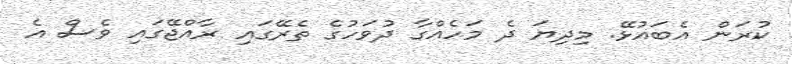
ކުރަން އެބައުޅޭ. މިދިޔަ ދެ މަހެއްގާ ދުވަހުގެ ތެރޭގައި ރާއްޖޭގައި ވެސް އެ